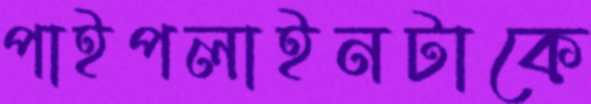
পাইপলাইনটাকে